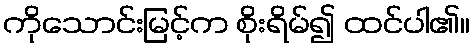
ကိုသောင်းမြင့်က စိုးရိမ်၍ ထင်ပါ၏။